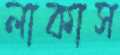
লাকাস